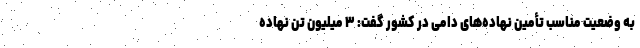
به وضعیت مناسب تأمین نهاده‌های دامی در کشور گفت: ۳ میلیون تن نهاده